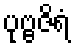
ပုဗ္ဗဇိရံ